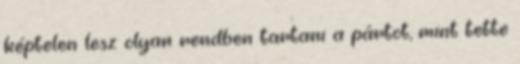
képtelen lesz olyan rendben tartani a pártot, mint tette